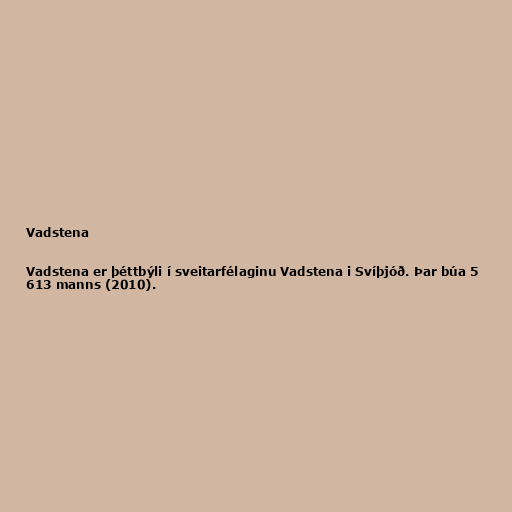
Vadstena

Vadstena er þéttbýli í sveitarfélaginu Vadstena i Svíþjóð. Þar búa 5
613 manns (2010).